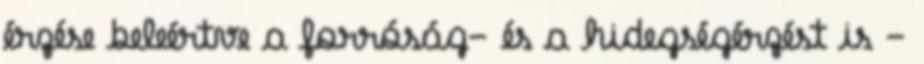
érzése beleértve a forróság- és a hidegségérzést is -